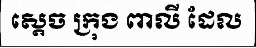
ស្តេច ក្រុង ពាលី ដែល